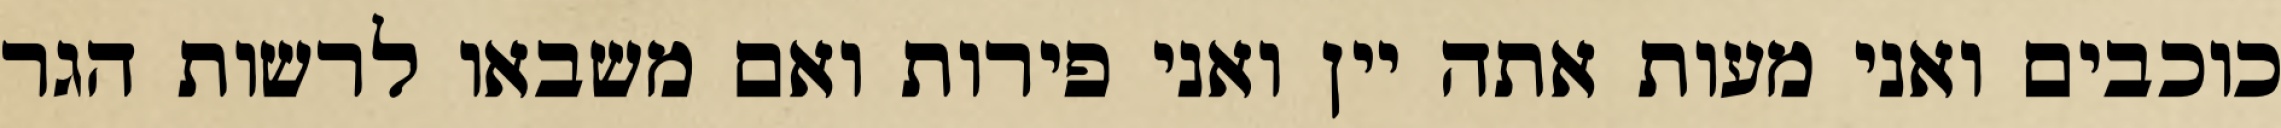
כוכבים ואני מעות אתה יין ואני פירות ואם משבאו לרשות הגר